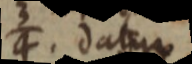
datur